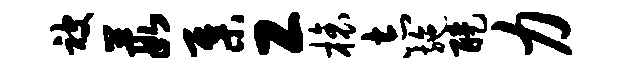
被葭集工榱志施醍力